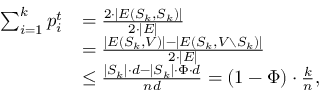
\begin{array} { r l } { \sum _ { i = 1 } ^ { k } p _ { i } ^ { t } } & { = \frac { 2 \cdot | E ( S _ { k } , S _ { k } ) | } { 2 \cdot | E | } } \\ & { = \frac { | E ( S _ { k } , V ) | - | E ( S _ { k } , V \setminus S _ { k } ) | } { 2 \cdot | E | } } \\ & { \leq \frac { | S _ { k } | \cdot d - | S _ { k } | \cdot \Phi \cdot d } { n d } = ( 1 - \Phi ) \cdot \frac { k } { n } , } \end{array}